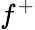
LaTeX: f^{+}